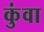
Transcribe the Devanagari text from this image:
कुंवा